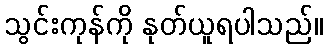
သွင်းကုန်ကို နုတ်ယူရပါသည်။